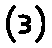
(ဒ)